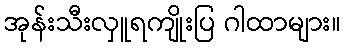
အုန်းသီးလှူရကျိုးပြ ဂါထာများ။